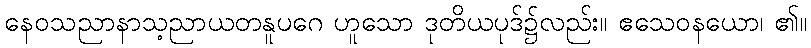
နေဝသညာနာသ့ညာယတနူပဂေ ဟူသော ဒုတိယပုဒ်၌လည်း။ ဧသေဝနယော၊ ၏။